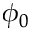
\phi _ { 0 }